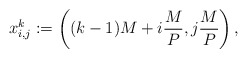
\begin{align*}x_{i,j}^k := \left( (k-1) M + i \frac{M}{P}, j \frac{M}{P} \right),\end{align*}